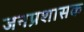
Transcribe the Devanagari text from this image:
जनप्रशासक